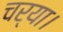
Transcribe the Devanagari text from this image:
चर्या।